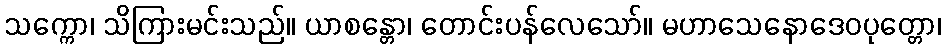
သက္ကော၊ သိကြားမင်းသည်။ ယာစန္တော၊ တောင်းပန်လေသော်။ မဟာသေနောဒေဝပုတ္တော၊